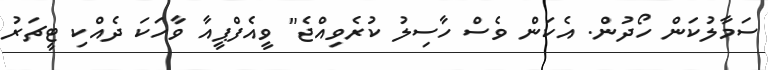
ސަމާލުކަން ހޯދުން. އެކަން ވެސް ހާސިލު ކުރެވިއްޖެ" ވީއެފްޕީއާ ވާހަކަ ދެއްކި ޓީޗަރު